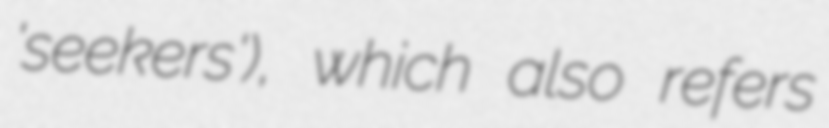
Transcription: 'seekers'), which also refers